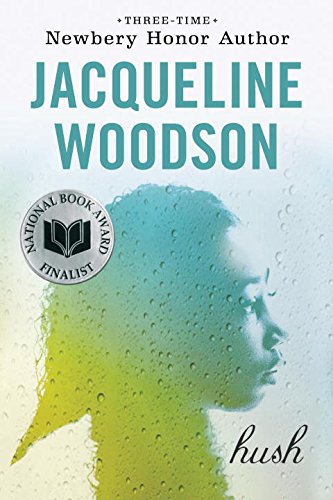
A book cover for Hush; Jacqueline Woodson; Teen & Young Adult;